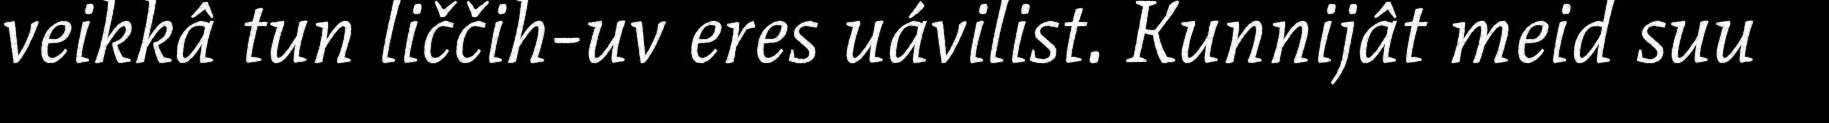
veikkâ tun liččih-uv eres uávilist. Kunnijât meid suu